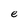
Character: e